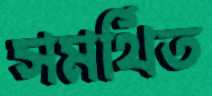
সমর্থিত